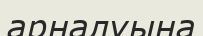
арналуына